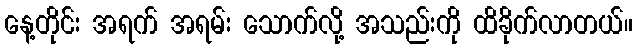
နေ့တိုင်း အရက် အရမ်း သောက်လို့ အသည်းကို ထိခိုက်လာတယ်။